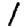
Digit: 1